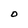
Character: O